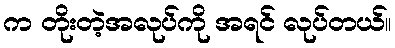
က တိုးတဲ့အလုပ်ကို အရင် လုပ်တယ်။